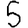
Digit: 5